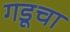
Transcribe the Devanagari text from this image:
गडूचा